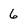
Character: 6